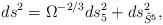
LaTeX: \begin{align*}ds^2 = \Omega^{-2/3} ds_5^2 + ds_{\tilde{S}^5}^2,\end{align*}